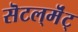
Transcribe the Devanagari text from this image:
सॆटल्‌मॆंट्